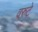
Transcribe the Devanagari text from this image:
वरुटे